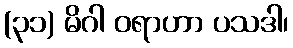
(၃၁) မိဂါ ဝရာဟာ ပသဒါ၊